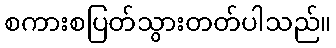
စကားစပြတ်သွားတတ်ပါသည်။